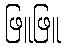
ဖြူဖြူ